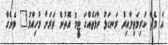
އެ މެޗާ ކުރިމަތިލާއިރު ރަނގަޅު ހާލަތެއްގަ ޓީމު އޮތުން ވަރަށް މުހިއްމު" ވެންގާ